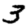
Digit: 3